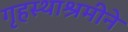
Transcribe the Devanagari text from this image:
गृहस्थाश्रमीने